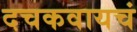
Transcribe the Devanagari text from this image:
दचकवायचं